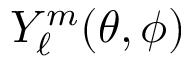
Y _ { \ell } ^ { m } ( \theta , \phi )